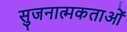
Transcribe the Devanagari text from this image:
सुजनात्मकताओं